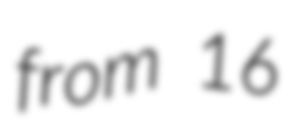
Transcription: from 16